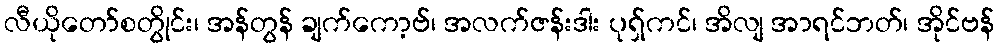
လီယိုတော်စတွိုင်း၊ အန်တွန် ချက်ကော့ဗ်၊ အလက်ဇန်းဒါး ပုရှ်ကင်၊ အိလျ အာရင်ဘတ်၊ အိုင်ဗန်